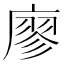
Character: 廖